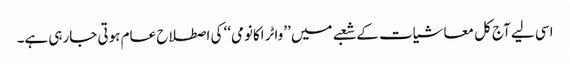
اسی لیے آج کل معاشیات کے شعبے میں ’’واٹر اکانومی‘‘ کی اصطلاح عام ہوتی جارہی ہے۔